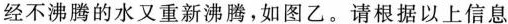
经不沸腾的水又重新沸腾，如图乙。请根据以上信息